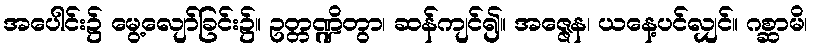
အပေါင်း၌ မွေ့လျော်ခြင်း၌။ ဥတ္တဏ္ဍိတွာ၊ ဆန်ကျင်၍။ အဇ္ဇေန၊ ယနေ့ပင်လျှင်။ ဂစ္ဆာမိ၊